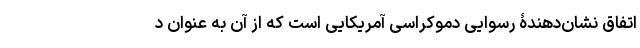
اتفاق نشان‌دهندۀ رسوایی دموکراسی آمریکایی است که از آن به عنوان د